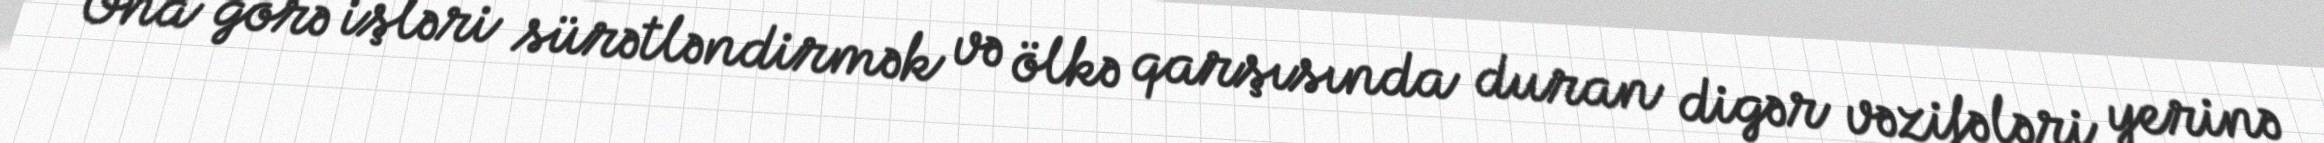
Ona görə işləri sürətləndirmək və ölkə qarşısında duran digər vəzifələri yerinə